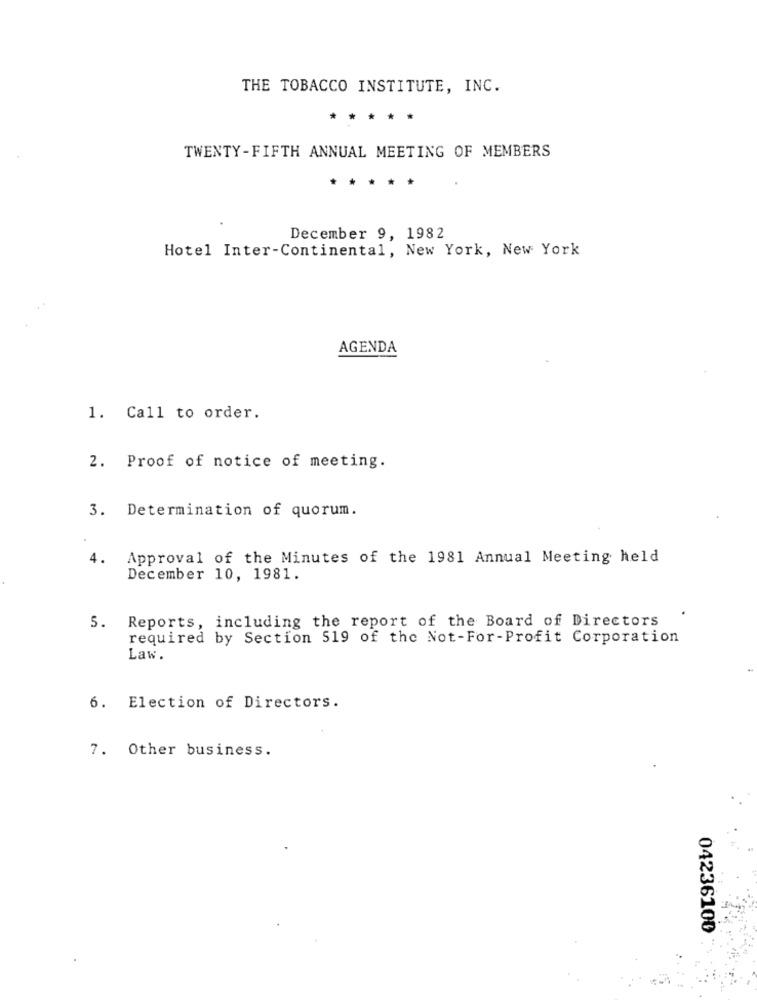
THE TOBACCO INSTITUTE, INC.
TWENTY- FIFTH ANNUAL MEETING OF MEMBERS
* *
December 9, 1982
Hotel Inter-Continental, New York, New York
AGENDA
1. Call to order.
2. Proof of notice of meeting.
3. Determination of quorum.
4.
Approval of the Minutes of the 1981 Annual Meeting held
December 10, 1981.
Reports, including the report of the Board of Directors
.
5.
required by Section 519 of the Not-For-Profit Corporation
Law.
6. Election of Directors.
7. Other business.
04236100